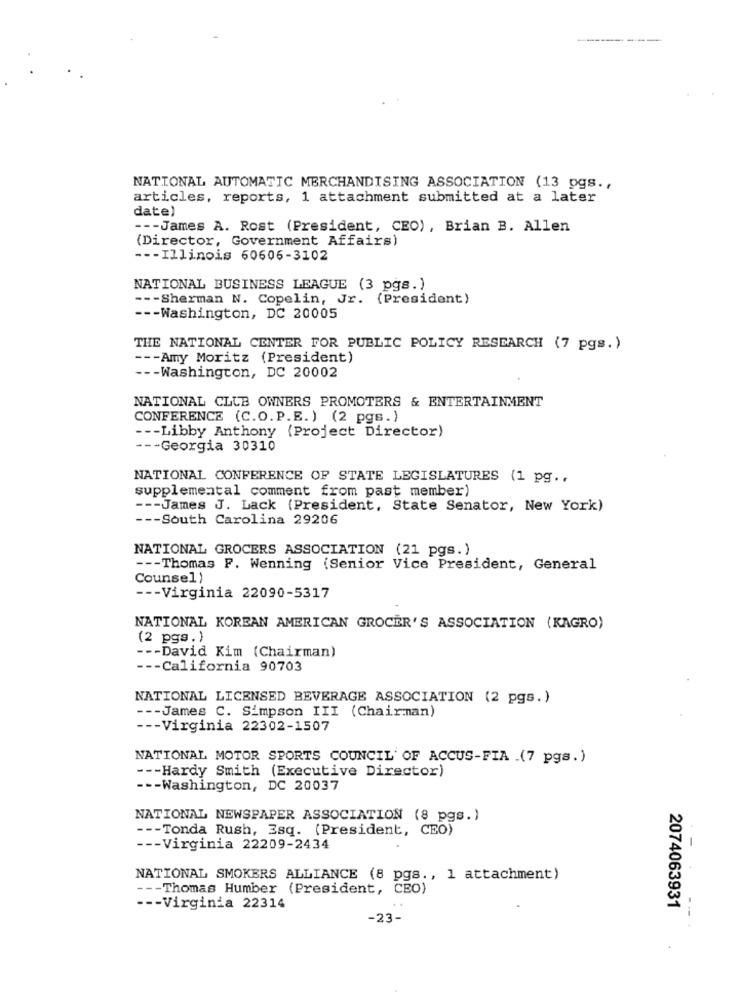
NATIONAL AUTOMATIC MERCHANDISING ASSOCIATION (13 pgs .,
articles, reports, 1 attachment submitted at a later
date)
--- James A. Rost (President, CEO), Brian B. Allen
(Director, Government Affairs)
--- Illinois 60606-3102
NATIONAL BUSINESS LEAGUE (3 pgs.)
--- Sherman N. Copelin, Jr. (President)
-- Washington, DC 20005
THE NATIONAL CENTER FOR PUBLIC POLICY RESEARCH (7 pgs.)
--- Amy Moritz (President)
- - Washington, DC 20002
NATIONAL CLUB OWNERS PROMOTERS & ENTERTAINMENT
CONFERENCE (C.O.P.E.) (2 pgs.)
--- Libby Anthony (Project Director)
--- Georgia 30310
NATIONAL CONFERENCE OF STATE LEGISLATURES (1 pg ..
supplemental comment from past member)
--- James J. Lack (President, State Senator, New York)
--- South Carolina 29206
NATIONAL GROCERS ASSOCIATION (21 pgs.)
--- Thomas F. Wenning (Senior Vice President, General
Counsel)
--- Virginia 22090-5317
NATIONAL KOREAN AMERICAN GROCER'S ASSOCIATION (KAGRO)
(2 pgs.)
--- David Kim (Chairman)
--- California 90703
NATIONAL LICENSED BEVERAGE ASSOCIATION (2 pgs.)
--- James C. Simpson III (Chairman)
--- Virginia 22302-1507
NATIONAL MOTOR SPORTS COUNCIL OF ACCUS-FIA .(7 pgs.)
--- Hardy Smith (Executive Director)
--- Washington, DC 20037
NATIONAL NEWSPAPER ASSOCIATION (8 pgs.)
--- Tonda Rush, Esq. (President, CEO)
--- Virginia 22209-2434
NATIONAL SMOKERS ALLIANCE (8 pgs ., 1 attachment)
--- Thomas Humber (President, CEO)
--- Virginia 22314
..
2074063931
-23-
---